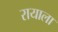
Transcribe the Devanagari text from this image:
रायाला